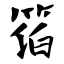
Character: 箔